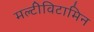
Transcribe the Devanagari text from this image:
मल्टीविटामिन